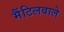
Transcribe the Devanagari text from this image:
मैंटिलवाले